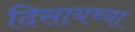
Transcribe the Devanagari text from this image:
दिसायच्या